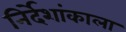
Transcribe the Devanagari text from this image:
निर्देशांकाला